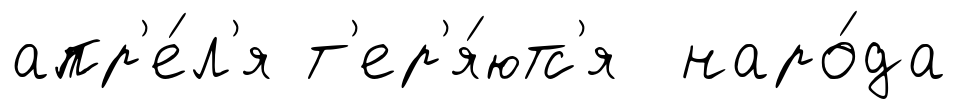
апр'е́л'я т'ер'я́ютс'я наро́да